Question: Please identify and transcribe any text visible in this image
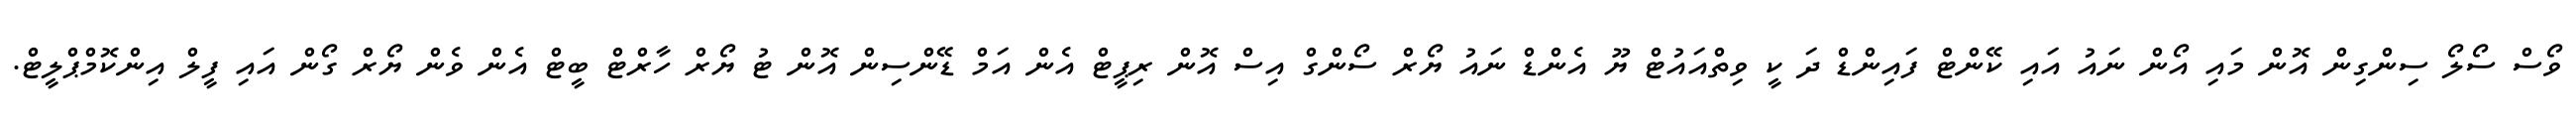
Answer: ވޯސް ސޯލޯ ސިންގިން އޮން މައި އޯން ނައު އައި ކޭންޓް ފައިންޑް ދަ ކީ ވިތްއައުޓް ޔޫ އެންޑް ނައު ޔޯރް ސޯންގް އިސް އޮން ރިޕީޓް އެން އަމް ޑޭންސިން އޮން ޓު ޔޯރް ހާރްޓް ބީޓް އެން ވެން ޔޯރް ގޯން އައި ފީލް އިންކޮމްޕްލީޓް.